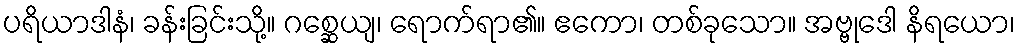
ပရိယာဒါနံ၊ ခန်းခြင်းသို့။ ဂစ္ဆေယျ၊ ရောက်ရာ၏။ ဧကော၊ တစ်ခုသော။ အဗ္ဗုဒေါ နိရယော၊